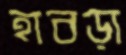
হাবড়া